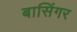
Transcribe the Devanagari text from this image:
बासिंगर